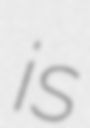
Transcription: is